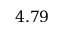
4 . 7 9